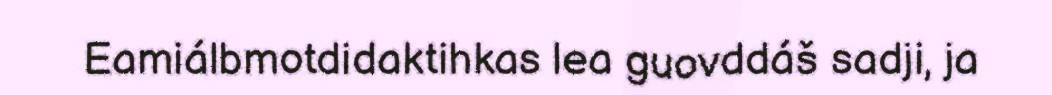
Eamiálbmotdidaktihkas lea guovddáš sadji, ja